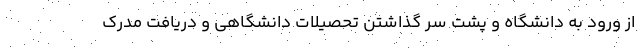
از ورود به دانشگاه و پشت سر گذاشتن تحصیلات دانشگاهی و دریافت مدرک